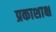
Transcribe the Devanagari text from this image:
प्रकाशाक्ष